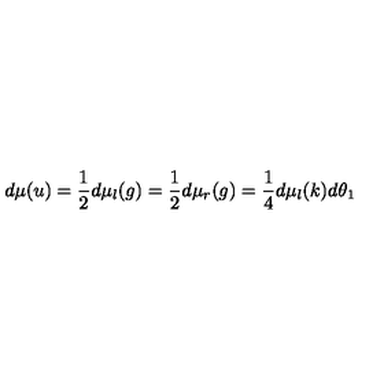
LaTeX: d \mu ( u ) = \frac { 1 } { 2 } d \mu _ { l } ( g ) = \frac { 1 } { 2 } d \mu _ { r } ( g ) = \frac { 1 } { 4 } d \mu _ { l } ( k ) d \theta _ { 1 }